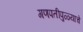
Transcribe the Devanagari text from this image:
गणपतीपुळ्याचे